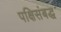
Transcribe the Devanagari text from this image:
पक्षिसंबद्ध